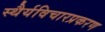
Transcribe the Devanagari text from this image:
स्थैर्यविचारप्रकरण